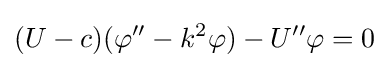
(U-c)(\varphi ''-k^{2}\varphi )-U''\varphi =0